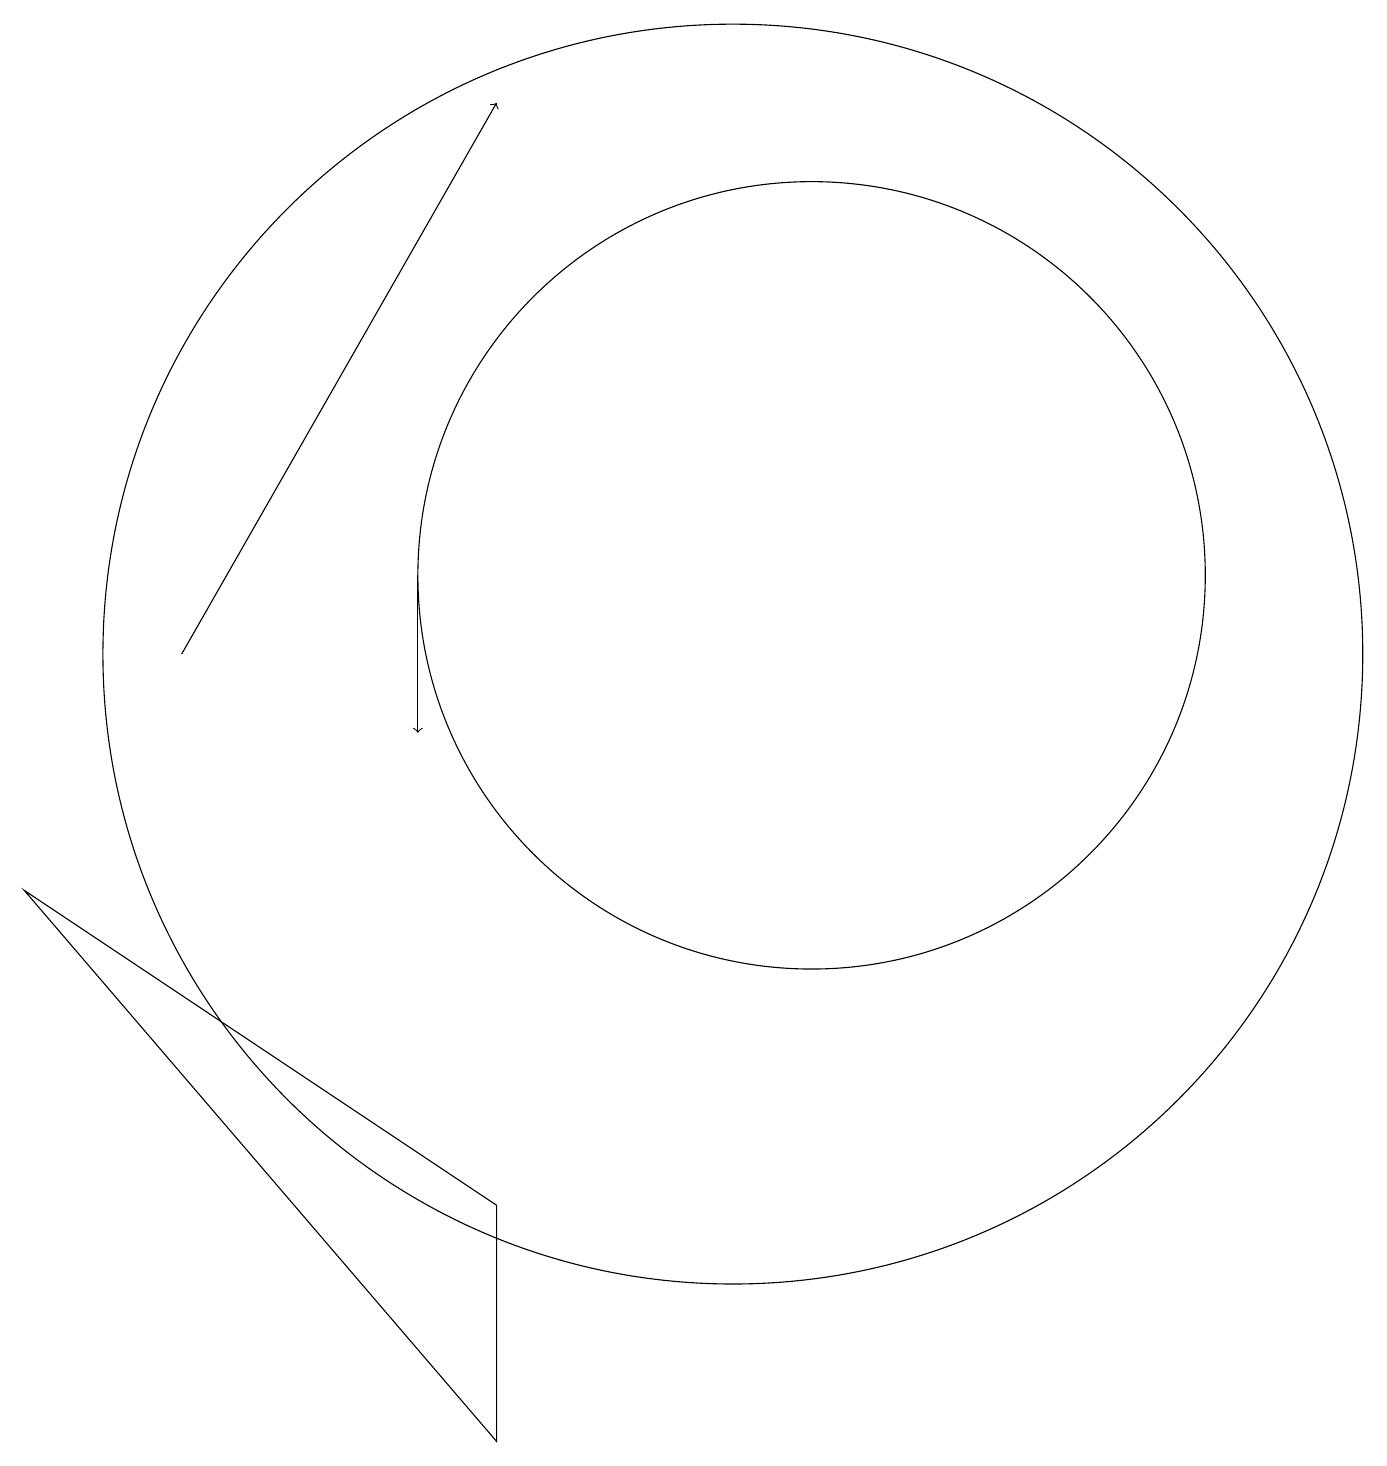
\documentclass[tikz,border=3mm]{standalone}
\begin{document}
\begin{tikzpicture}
\draw (11,12) circle (5);
\draw[->] (6,12) -- (6,10);
\draw (7,1) -- (1,8) -- (7,4) -- cycle;
\draw[->] (3,11) -- (7,18);
\draw (10,11) circle (8);
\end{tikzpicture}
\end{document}